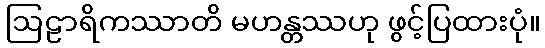
ဩဠာရိကဿာတိ မဟန္တဿဟု ဖွင့်ပြထားပုံ။